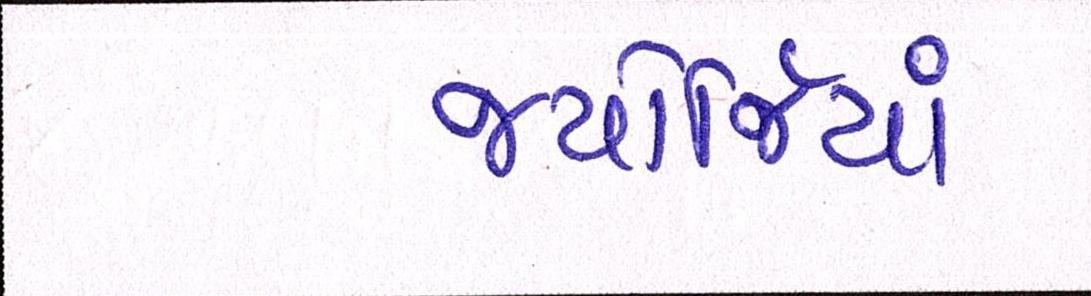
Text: જ્યોર્જિયાં